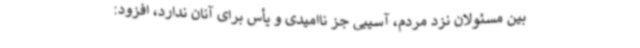
بین مسئولان نزد مردم، آسیبی جز ناامیدی و یأس برای آنان ندارد، افزود: